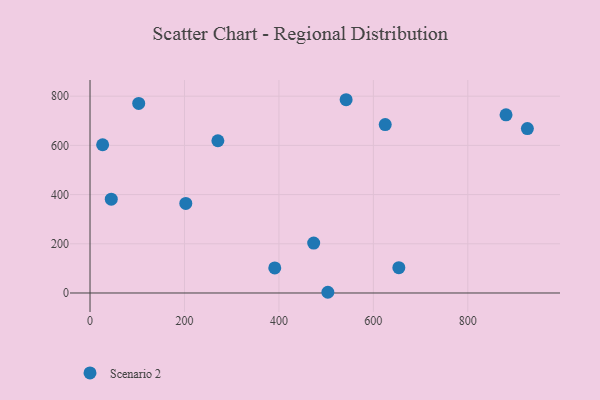
{"axis": {"x": "Ad Spend", "y": "Exam Score"}, "legend": ["Scenario 2"], "data": [{"x": "26.7", "y": 602.5, "type": "Scenario 2"}, {"x": "880.9", "y": 724.2, "type": "Scenario 2"}, {"x": "391.2", "y": 102.0, "type": "Scenario 2"}, {"x": "926.1", "y": 668.2, "type": "Scenario 2"}, {"x": "202.8", "y": 364.2, "type": "Scenario 2"}, {"x": "542.3", "y": 785.6, "type": "Scenario 2"}, {"x": "270.7", "y": 618.9, "type": "Scenario 2"}, {"x": "625.1", "y": 684.5, "type": "Scenario 2"}, {"x": "473.6", "y": 202.8, "type": "Scenario 2"}, {"x": "653.9", "y": 102.7, "type": "Scenario 2"}, {"x": "503.6", "y": 2.9, "type": "Scenario 2"}, {"x": "45.0", "y": 381.5, "type": "Scenario 2"}, {"x": "103.1", "y": 770.4, "type": "Scenario 2"}]}